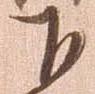
下